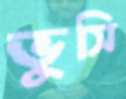
ভুসি